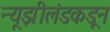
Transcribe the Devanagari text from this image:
न्यूझीलंडकडून